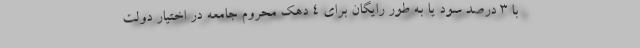
با ۳ درصد سود یا به طور رایگان برای ۴ دهک محروم جامعه در اختیار دولت